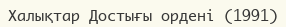
Халықтар Достығы ордені (1991)